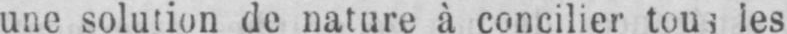
une solution de nature à concilier tous les